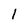
Character: 1